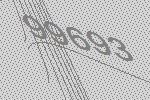
99693